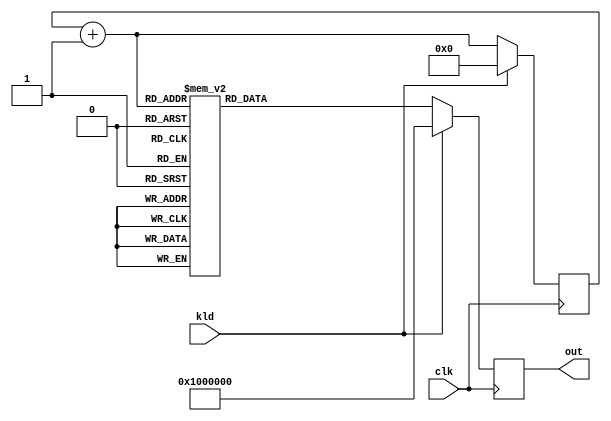
/////////////////////////////////////////////////////////////////////
////                                                             ////
////  AES RCON Block                                             ////
////                                                             ////
////                                                             ////
////          rudi@asics.ws                                      ////
////                                                             ////
////                                                             ////
////  Downloaded from: http://www.opencores.org/cores/aes_core/  ////
////                                                             ////
/////////////////////////////////////////////////////////////////////
////                                                             ////
//// Copyright (C) 2000-2002 Rudolf Usselmann                    ////
////                         www.asics.ws                        ////
////                         rudi@asics.ws                       ////
////                                                             ////
//// This source file may be used and distributed without        ////
//// restriction provided that this copyright statement is not   ////
//// removed from the file and that any derivative work contains ////
//// the original copyright notice and the associated disclaimer.////
////                                                             ////
////     THIS SOFTWARE IS PROVIDED ``AS IS'' AND WITHOUT ANY     ////
//// EXPRESS OR IMPLIED WARRANTIES, INCLUDING, BUT NOT LIMITED   ////
//// TO, THE IMPLIED WARRANTIES OF MERCHANTABILITY AND FITNESS   ////
//// FOR A PARTICULAR PURPOSE. IN NO EVENT SHALL THE AUTHOR      ////
//// OR CONTRIBUTORS BE LIABLE FOR ANY DIRECT, INDIRECT,         ////
//// INCIDENTAL, SPECIAL, EXEMPLARY, OR CONSEQUENTIAL DAMAGES    ////
//// (INCLUDING, BUT NOT LIMITED TO, PROCUREMENT OF SUBSTITUTE   ////
//// GOODS OR SERVICES; LOSS OF USE, DATA, OR PROFITS; OR        ////
//// BUSINESS INTERRUPTION) HOWEVER CAUSED AND ON ANY THEORY OF  ////
//// LIABILITY, WHETHER IN  CONTRACT, STRICT LIABILITY, OR TORT  ////
//// (INCLUDING NEGLIGENCE OR OTHERWISE) ARISING IN ANY WAY OUT  ////
//// OF THE USE OF THIS SOFTWARE, EVEN IF ADVISED OF THE         ////
//// POSSIBILITY OF SUCH DAMAGE.                                 ////
////                                                             ////
/////////////////////////////////////////////////////////////////////

//  CVS Log
//
//  $Id: aes_rcon.v,v 1.1.1.1 2002/11/09 11:22:38 rudi Exp $
//
//  $Date: 2002/11/09 11:22:38 $
//  $Revision: 1.1.1.1 $
//  $Author: rudi $
//  $Locker:  $
//  $State: Exp $
//
// Change History:
//               $Log: aes_rcon.v,v $
//               Revision 1.1.1.1  2002/11/09 11:22:38  rudi
//               Initial Checkin
//
//
//
//
//
//


`timescale 1ns / 10ps

module aes_rcon(clk, kld, out);
input		clk;
input		kld;
output	[31:0]	out;
reg	[31:0]	out;
reg	[3:0]	rcnt;
wire	[3:0]	rcnt_next;

always @(posedge clk)
	if(kld)		out <= #1 32'h01_00_00_00;
	else		out <= #1 frcon(rcnt_next);

assign rcnt_next = rcnt + 4'h1;
always @(posedge clk)
	if(kld)		rcnt <= #1 4'h0;
	else		rcnt <= #1 rcnt_next;

function [31:0]	frcon;
input	[3:0]	i;
case(i)	// synopsys parallel_case
   4'h0: frcon=32'h01_00_00_00;
   4'h1: frcon=32'h02_00_00_00;
   4'h2: frcon=32'h04_00_00_00;
   4'h3: frcon=32'h08_00_00_00;
   4'h4: frcon=32'h10_00_00_00;
   4'h5: frcon=32'h20_00_00_00;
   4'h6: frcon=32'h40_00_00_00;
   4'h7: frcon=32'h80_00_00_00;
   4'h8: frcon=32'h1b_00_00_00;
   4'h9: frcon=32'h36_00_00_00;
   default: frcon=32'h00_00_00_00;
endcase
endfunction

endmodule